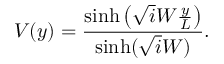
V ( y ) = \frac { \sinh \left( \sqrt i W \frac { y } { L } \right) } { \sinh ( \sqrt i W ) } .